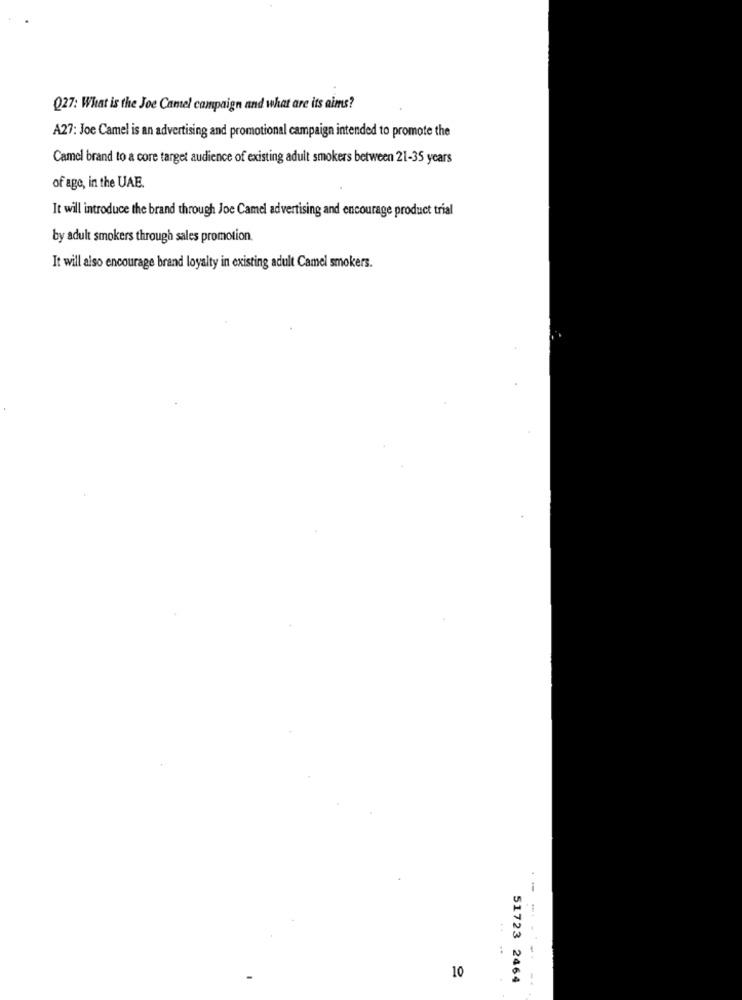
Q27: What is the Joe Camel campaign and what are its aims?
A27: Joe Camel is an advertising and promotional campaign intended to promote the
Camel brand to a core target audience of existing adult smokers between 21-35 years
of age, in the UAE.
It will introduce the brand through Joe Camel advertising and encourage product trial
by adult smokers through sales promotion.
It will also encourage brand loyalty in existing adult Camel smokers.
10
51723 2464
- ---- -.